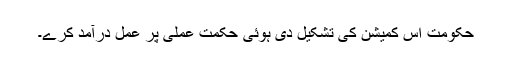
حکومت اس کمیشن کی تشکیل دی ہوئی حکمت عملی پر عمل درآمد کرے۔